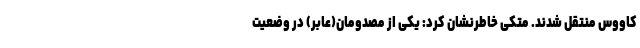
کاووس منتقل شدند. متکی خاطرنشان کرد: یکی از مصدومان(عابر) در وضعیت